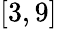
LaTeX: [3,9]